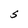
Character: S